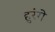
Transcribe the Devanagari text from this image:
हुरंगे